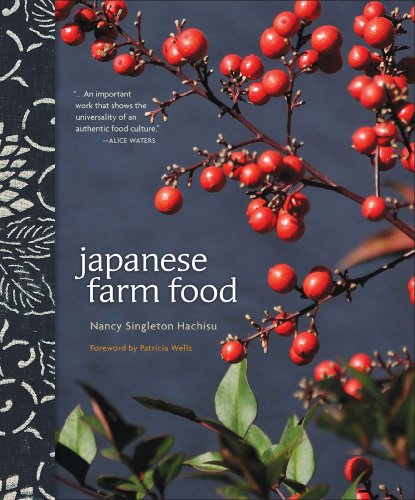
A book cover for Japanese Farm Food; Nancy Singleton Hachisu; Cookbooks, Food & Wine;